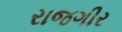
રાજગીર